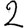
Digit: 2